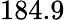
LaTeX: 184.9